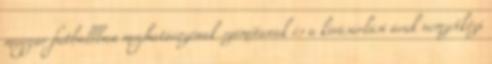
magyar futballban meghatározónak számítanak és a kivásárlási áruk nemzetközi